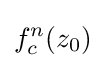
f_{c}^{n}(z_{0})